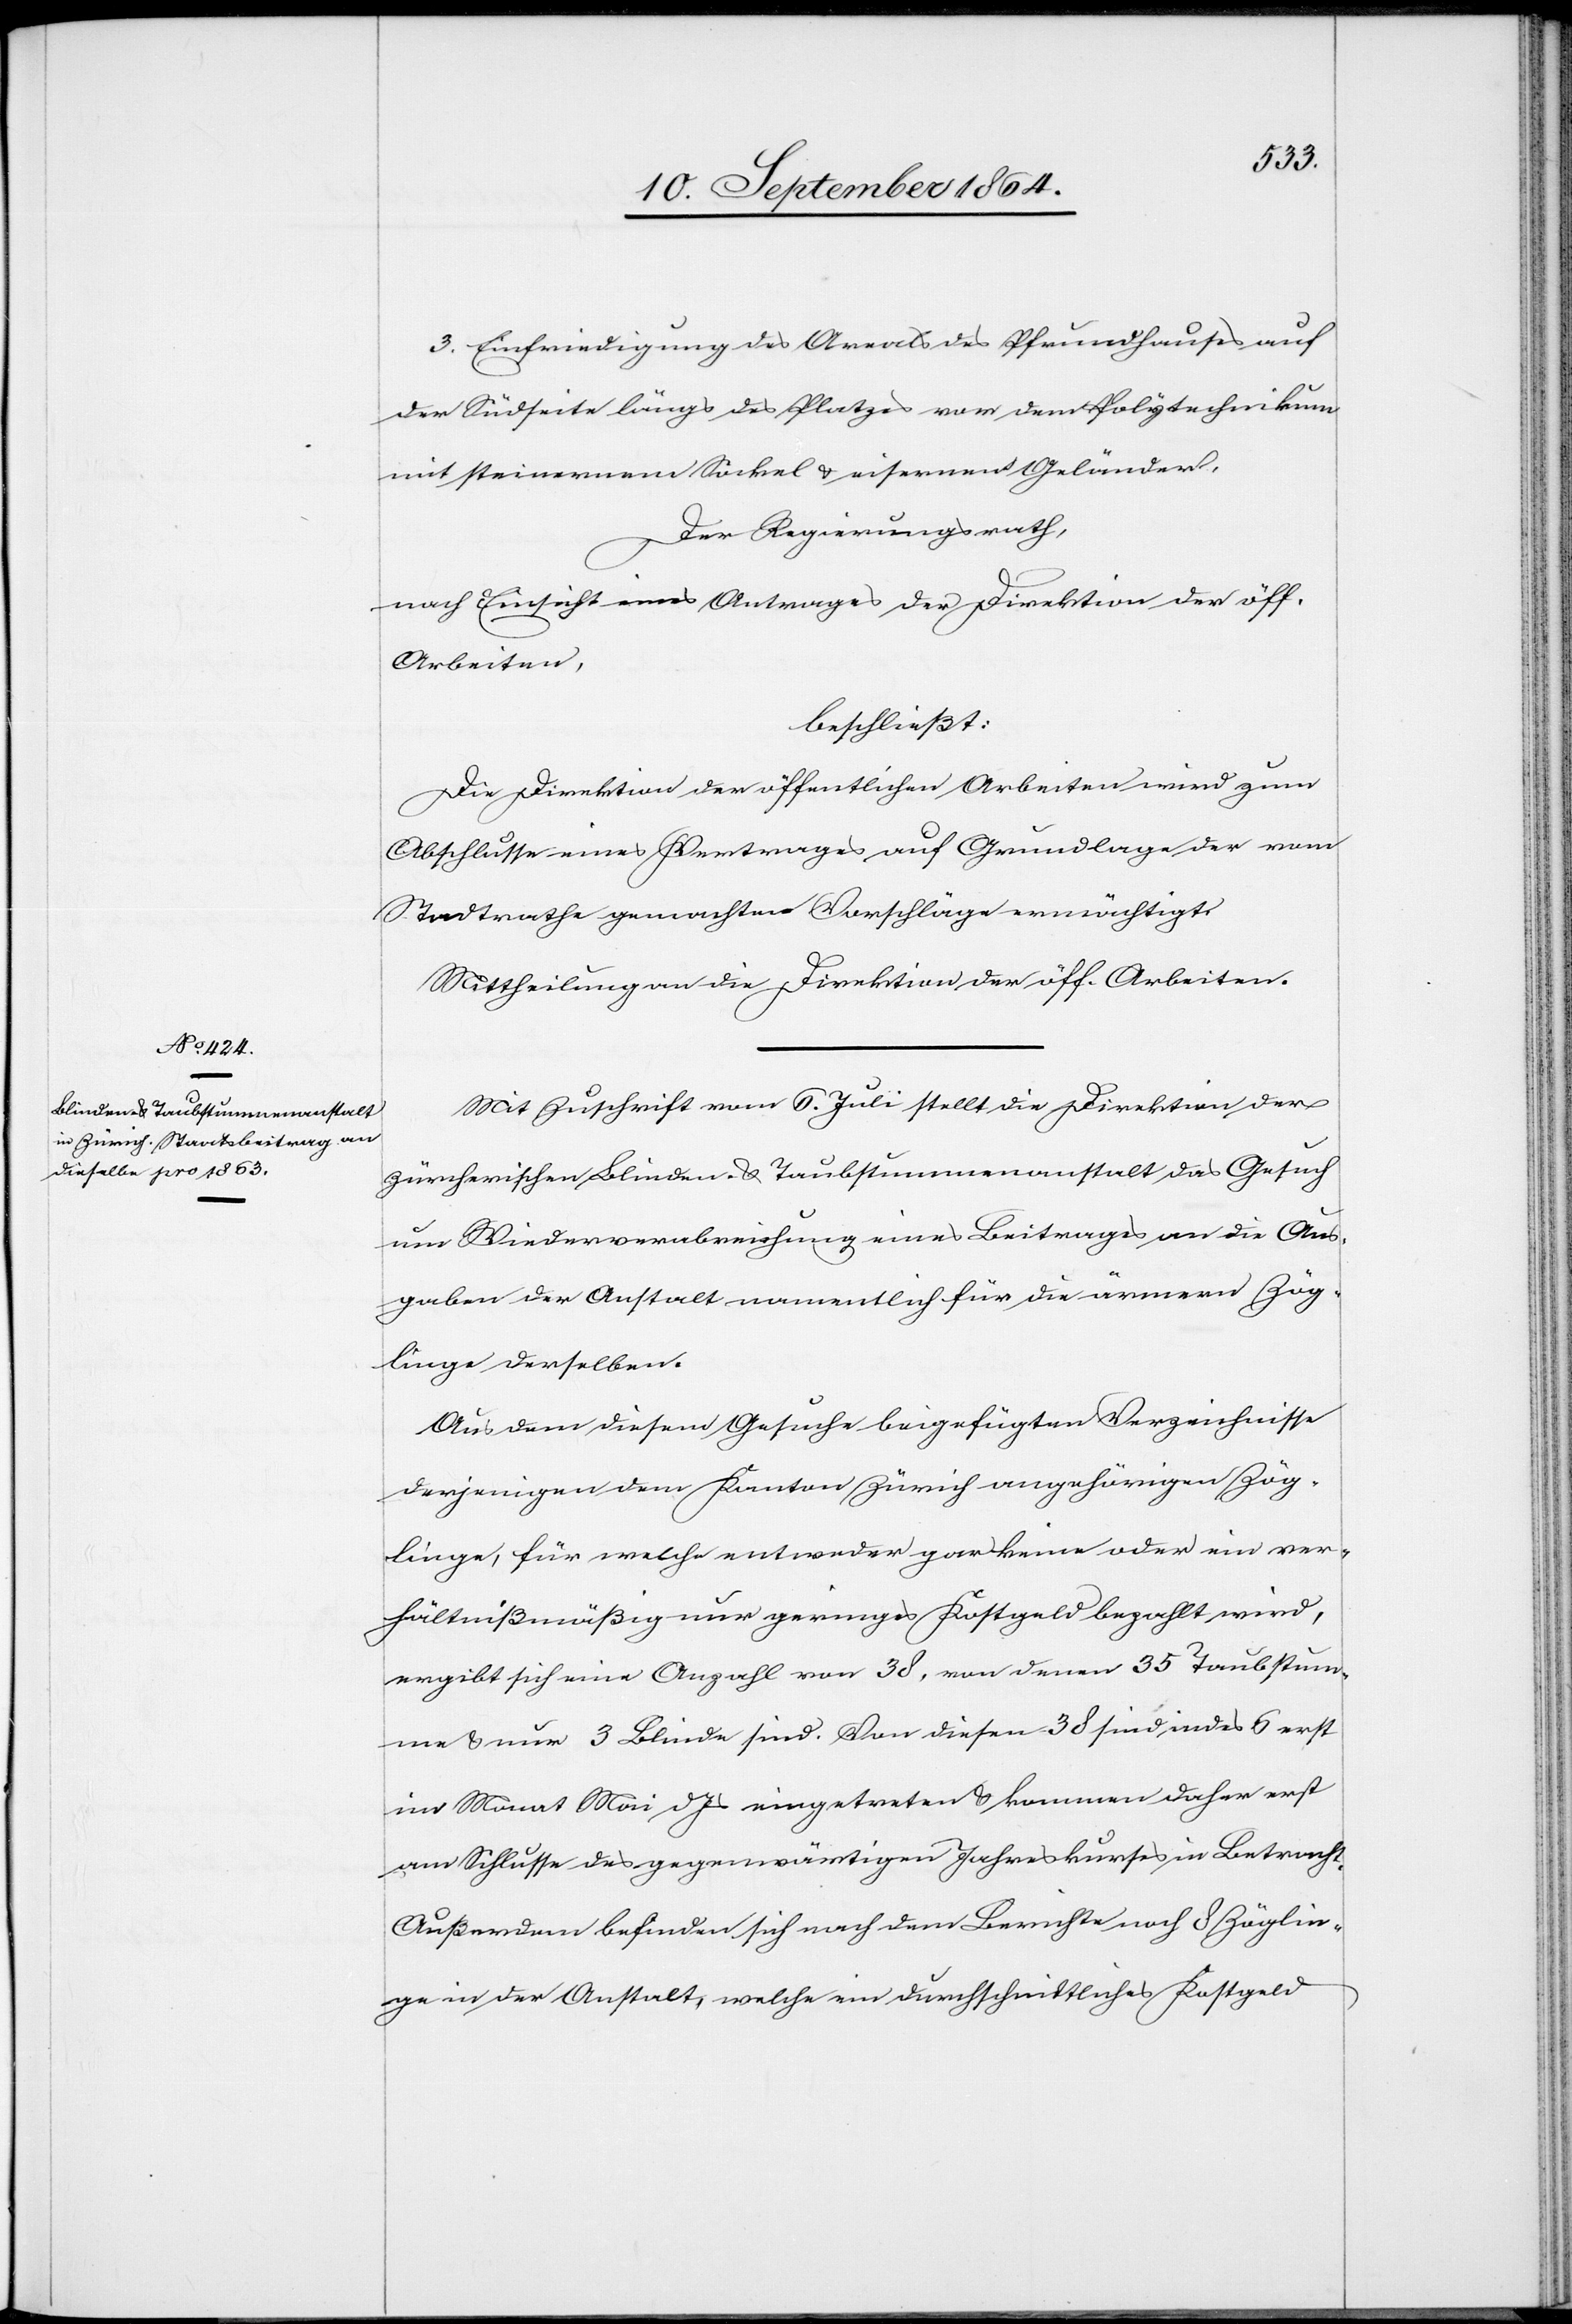
3. Einfriedung des Areals des Pfrundhauses auf
der Südseite längs des Platzes vor dem Polytechnikum
mit steinernem Sockel & eisernem Geländer.
Der Regierungsrath,
nach Einsicht eines Antrages der Direktion der öff.
Arbeiten,
beschließt:
Die Direktion der öffentlichen Arbeiten wird zum
Abschlusse eines Vertrages auf Grundlage der vom
Stadtrathe gemachten Vorschläge ermächtigt.
Mittheilung an die Direktion der öff. Arbeiten.
Mit Zuschrift vom 6. Juli stellt die Direktion der
zürcherischen Blinden- & Taubstummenanstalt das Gesuch
um Wiederverabreichung eines Beitrages an die Aus¬
gaben der Anstalt namentlich für die ärmern Zög¬
linge derselben.
Aus dem diesem Gesuche beigefügten Verzeichnisse
derjenigen dem Kanton Zürich angehörigen Zög¬
linge, für welche entweder gar keine [sic!] oder ein ver¬
hältnißmäßig nur geringes Kostgeld bezahlt wird,
ergibt sich eine Anzahl von 38, von denen 35 Taubstum¬
me & nur 3 Blinde sind. Von diesen 38 sind indes 6 erst
im Monat Mai d. Js eingetreten & kommen daher erst
am Schlusse des gegenwärtigen Jahreskurses in Betracht.
Außerdem befinden sich nach dem Berichte noch 8 Zöglin¬
ge in der Anstalt, welche ein durchschnittliches Kostgeld